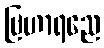
ဗြဟာရညေ